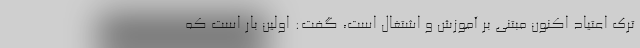
ترک اعتیاد اکنون مبتنی بر آموزش و اشتغال است، گفت: اولین بار است که